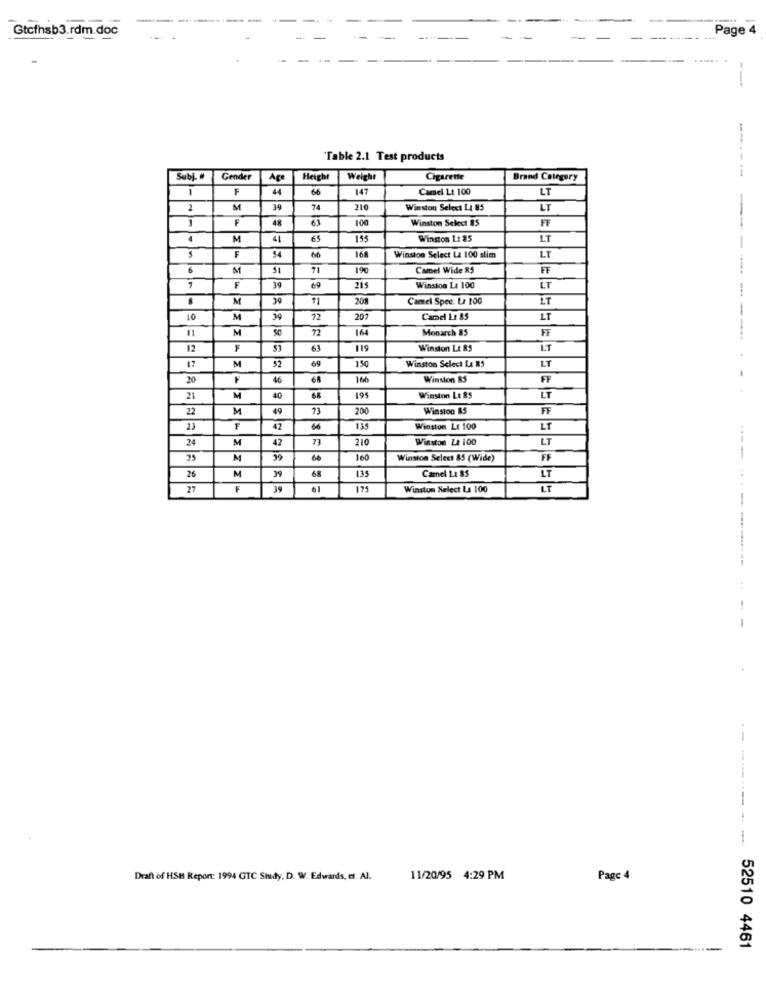
Gtcfhsb3.rdm.doc
Page 4
---
"Table 2.1 Test products
Subj. #
Gender
Age
Height
Weight
Cigarette
Brand Category
-------
1
F
44
66
147
Camel Lt 100
LT
2
M
39
210
Winston Select LA 85
LT
1
F
48
63
100
Winston Select 85
FF
M
41
65
155
Winston Lt 85
LT
---
F
54
66
168
Winston Select La 100 slim
LT
M
31
71
19
Camel Wide 85
FF
F
39
69
215
Winston Le 100
LT
M
39
200
Camel Spec. La 100
LT
10
M
39
72
207
Came L: 85
LT
11
M
72
164
Monarch 85
FF
12
53
63
119
Winston Lt 85
LT
17
52
150
Winston Select La 85
LT
M
69
20
46
68
166
Winston 85
FF
...
21
M
40
68
195
Winston LE 85
LT
22
M
49
200
Winston 85
FF
2)
F
42
66
135
Winston Lt 100
LT
24
M
42
73
210
Winston LA 100
LT
25
M
60
160
Winston Select 85 (Wide)
FF
135
26
M
39
68
Camel 11 85
LT
27
₣
39
6
175
Winston Select La 100
LT
---------
--
----------
Draft of HSI Report: 1994 GTC Shidy, D. W. Edwards, et. Al.
11/20/95 4:29 PM
Page 4
52510 4461